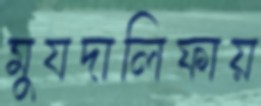
মুযদালিফায়